Leaving Certificate Examination, 1904
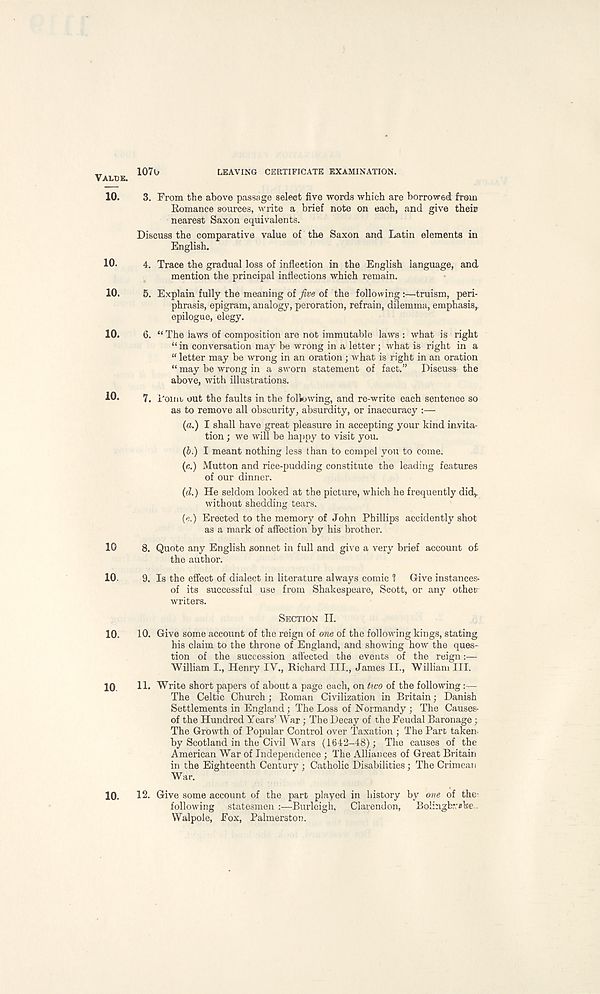
107o
LEAVING CERTIFICATE EXAMINATION.
3. From the above passage select five words which are borrowed from
Romance sources, write a brief note on each, and give theiu
nearest Saxon equivalents.
Discuss the comparative value of the Saxon and Latin elements in
English.
4. Trace the gradual loss of inflection in the English language, and
mention the principal inflections which remain.
5. Explain fully the meaning of five of the following:—truism, peri-
phrasis, epigram, analogy, peroration, refrain, dilemma, emphasis,,
epilogue, elegy.
6. “ The laws of composition are not immutable laws: what is right
“in conversation may be wrong in a letter; what is right in a
“ letter may be wrong in an oration; what is right in an oration
“ may be wrong in a sworn statement of fact.” Discuss- the
above, with illustrations.
7. i'oinb out the faults in the following, and re-write each sentence so
as to remove all obscurity, absurdity, or inaccuracy :—
{a.) I shall have great pleasure in accepting your kind invita-
tion ; we will be happy to visit you.
(5.) I meant nothing less than to compel you to come.
(n.) Mutton and rice-pudding constitute the leading features
of our dinner.
(d.) He seldom looked at the picture, which he frequently didv
without shedding tears.
(e.) Erected to the memory of John Phillips accidently shot
as a mark of affection by his brother.
8. Quote any English sonnet in full and give a very brief account of
the author.
9. Is the effect of dialect in literature always comic 1 Give instances-
of its successful use from Shakespeare, Scott, or any other
writers.
SECTION II.
10. Give some account of the reign of one of the following kings, stating
his claim to the throne of England, and showing how the ques-
tion of the succession affected the events of the reign:—
William I., Henry IV., Richard III., James II., William III.
11. Write short papers of about a page each, on two of the following :—
The Celtic Church; Roman Civilization in Britain; Danish
Settlements in England; The Loss of Normandy ; The Causes-
of the Hundred Years’ War; The Decay of the Feudal Baronage;
The Growth of Popular Control over Taxation ; The Part taken
by Scotland in the Civil Wars (1642-48); The causes of the
American War of Independence ; The Alliances of Great Britain
in the Eighteenth Century ; Catholic Disabilities; The Crimean
War.
12. Give some account of the part played in history by one of the-
following statesmen :—Burleigh, Clarendon,
Bolingbveke.
Walpole, Fox, Palmerston.